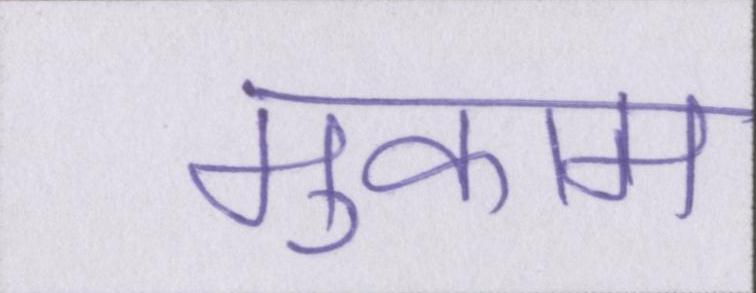
मुकाम